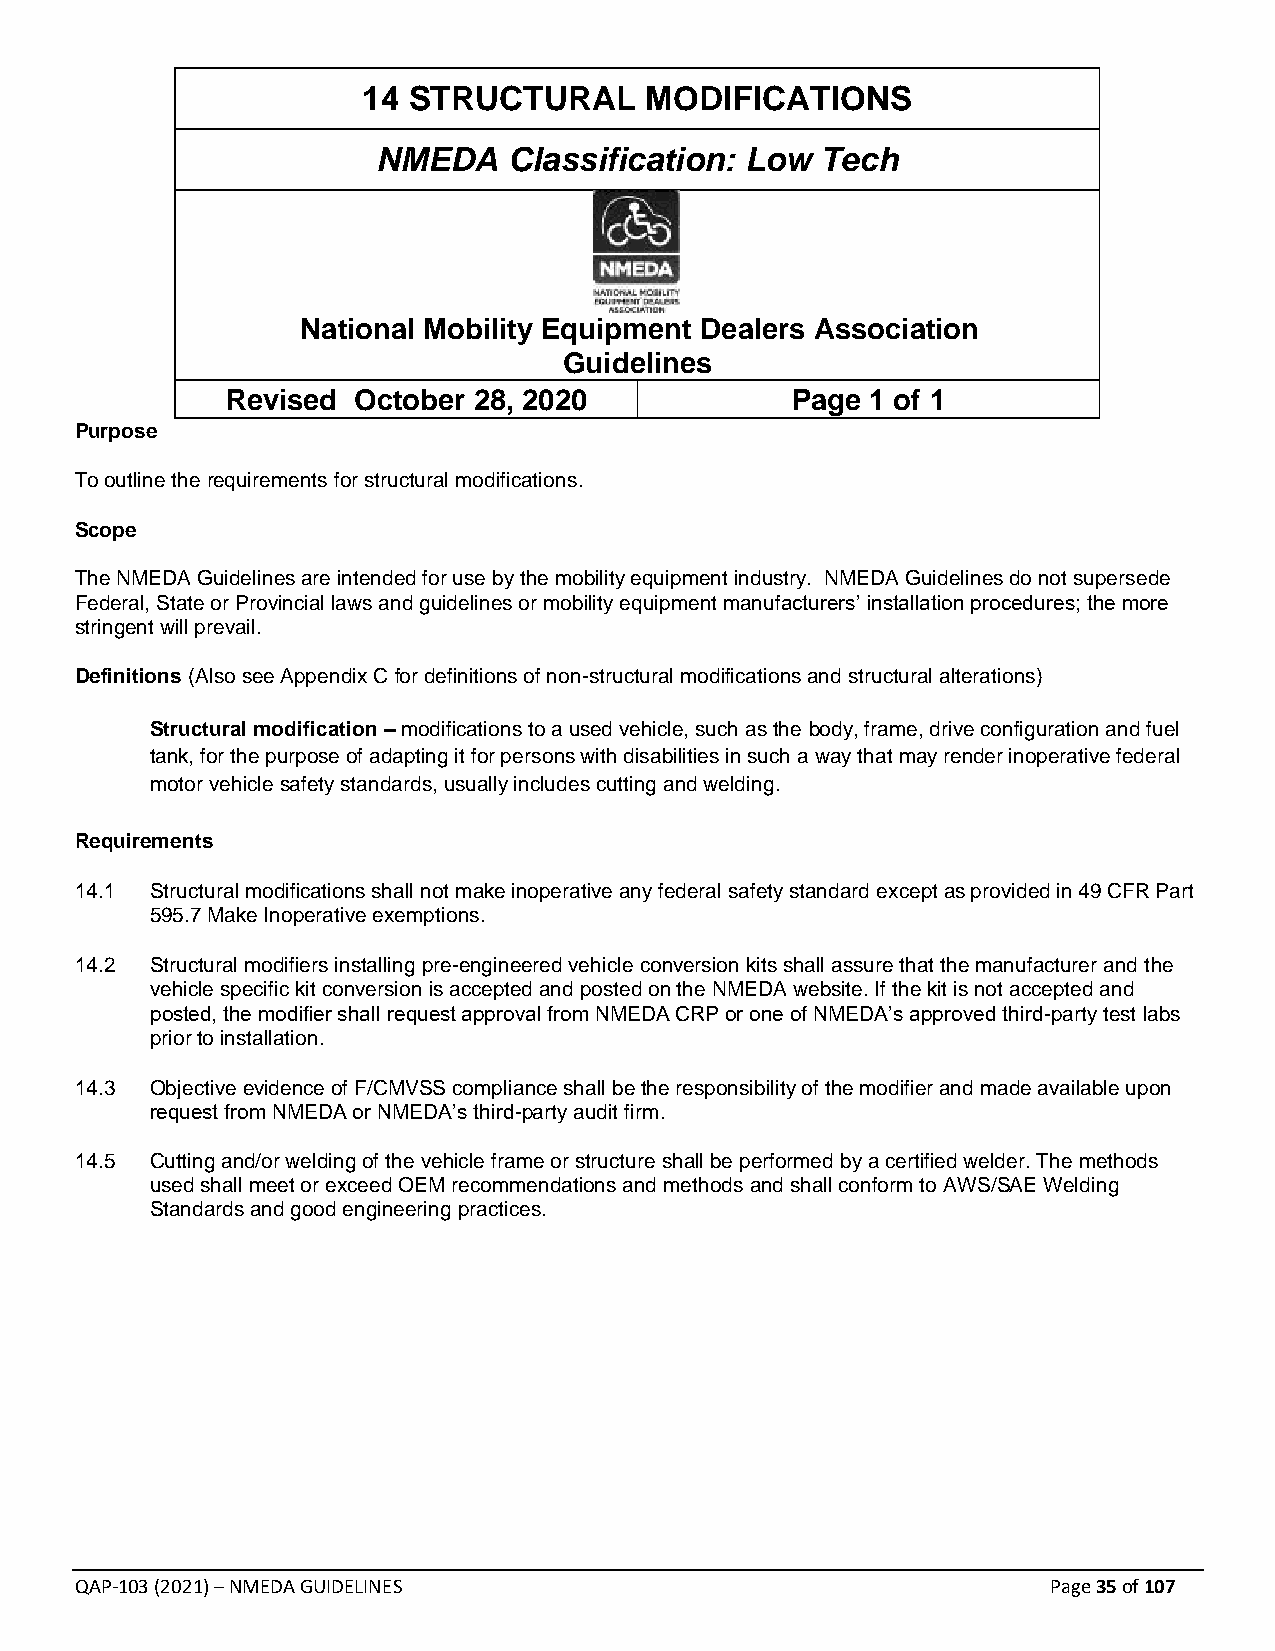
14 STRUCTURAL      MODIFICATIONS
 NMEDA    Classification: Low Tech
 National Mobility Equipment Dealers Association
 Guidelines
 Revised October 28, 2020             Page  1 of 1
 Purpose
 To outline the requirements for structural modifications.
 Scope
 The NMEDA Guidelines are intended for use by the mobility equipment industry. NMEDA Guidelines do not supersede
 Federal, State or Provincial laws and guidelines or mobility equipment manufacturers’ installation procedures; the more
 stringent will prevail.
 Definitions (Also see Appendix C for definitions of non-structural modifications and structural alterations)
 Structural modification – modifications to a used vehicle, such as the body, frame, drive configuration and fuel
 tank, for the purpose of adapting it for persons with disabilities in such a way that may render inoperative federal
 motor vehicle safety standards, usually includes cutting and welding.
 Requirements
 14.1 Structural modifications shall not make inoperative any federal safety standard except as provided in 49 CFR Part
 595.7 Make Inoperative exemptions.
 14.2 Structural modifiers installing pre-engineered vehicle conversion kits shall assure that the manufacturer and the
 vehicle specific kit conversion is accepted and posted on the NMEDA website. If the kit is not accepted and
 posted, the modifier shall request approval from NMEDA CRP or one of NMEDA’s approved third-party test labs
 prior to installation.
 14.3 Objective evidence of F/CMVSS compliance shall be the responsibility of the modifier and made available upon
 request from NMEDA or NMEDA’s third-party audit firm.
 14.5 Cutting and/or welding of the vehicle frame or structure shall be performed by a certified welder. The methods
 used shall meet or exceed OEM recommendations and methods and shall conform to AWS/SAE Welding
 Standards and good engineering practices.
 QAP-103 (2021) – NMEDA GUIDELINES                                Page 35 of 107